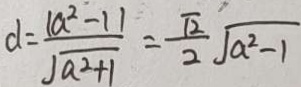
d = \frac { ( a ^ { 2 } - 1 ) } { \sqrt { a ^ { 2 } + 1 } } = \frac { \sqrt { 2 } } { 2 } \sqrt { a ^ { 2 } - 1 }